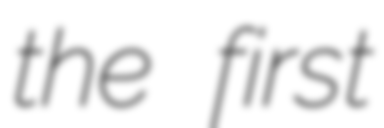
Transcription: the first